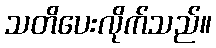
သတိပေးလိုက်သည်။